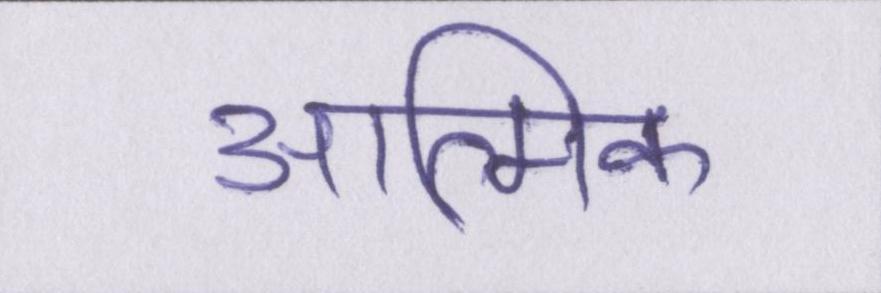
आत्मिक